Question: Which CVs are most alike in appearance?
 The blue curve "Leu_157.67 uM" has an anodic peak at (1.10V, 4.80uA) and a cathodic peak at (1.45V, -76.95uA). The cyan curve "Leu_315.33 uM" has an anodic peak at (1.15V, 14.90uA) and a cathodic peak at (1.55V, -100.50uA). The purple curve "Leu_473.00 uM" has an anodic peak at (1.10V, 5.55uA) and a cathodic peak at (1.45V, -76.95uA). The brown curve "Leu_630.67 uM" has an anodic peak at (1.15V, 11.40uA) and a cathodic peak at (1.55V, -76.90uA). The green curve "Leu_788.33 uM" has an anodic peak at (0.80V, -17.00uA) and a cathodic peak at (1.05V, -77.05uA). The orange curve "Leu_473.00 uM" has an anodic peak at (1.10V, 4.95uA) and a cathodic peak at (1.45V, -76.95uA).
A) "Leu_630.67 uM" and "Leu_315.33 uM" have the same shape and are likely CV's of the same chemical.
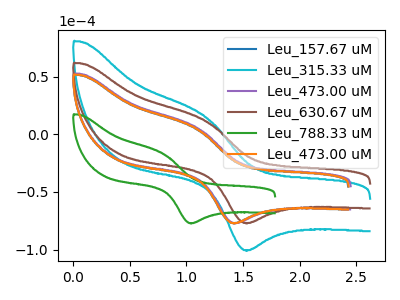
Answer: <think>"Leu_157.67 uM" and "Leu_315.33 uM" have at least one peak that do not match. All the peaks in "Leu_157.67 uM" have a peak in "Leu_473.00 uM" at the same potential. "Leu_157.67 uM" and "Leu_630.67 uM" have at least one peak that do not match. "Leu_157.67 uM" and "Leu_788.33 uM" have at least one peak that do not match. All the peaks in "Leu_157.67 uM" have a peak in "Leu_473.00 uM" at the same potential. "Leu_315.33 uM" and "Leu_473.00 uM" have at least one peak that do not match. All the peaks in "Leu_315.33 uM" have a peak in "Leu_630.67 uM" at the same potential. Every peak in "Leu_315.33 uM" is higher than every peak in "Leu_630.67 uM". "Leu_315.33 uM" and "Leu_788.33 uM" have at least one peak that do not match. "Leu_315.33 uM" and "Leu_473.00 uM" have at least one peak that do not match. "Leu_473.00 uM" and "Leu_630.67 uM" have at least one peak that do not match. "Leu_473.00 uM" and "Leu_788.33 uM" have at least one peak that do not match. All the peaks in "Leu_473.00 uM" have a peak in "Leu_473.00 uM" at the same potential. "Leu_630.67 uM" and "Leu_788.33 uM" have at least one peak that do not match. "Leu_630.67 uM" and "Leu_473.00 uM" have at least one peak that do not match. "Leu_788.33 uM" and "Leu_473.00 uM" have at least one peak that do not match.
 </think>
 <answer>A) "Leu_630.67 uM" and "Leu_315.33 uM" have the same shape and are likely CV's of the same chemical.</answer>
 <eval>A</eval>